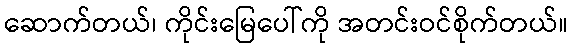
ဆောက်တယ်၊ ကိုင်းမြေပေါ်ကို အတင်းဝင်စိုက်တယ်။